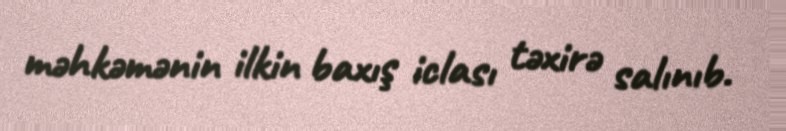
məhkəmənin ilkin baxış iclası təxirə salınıb.